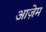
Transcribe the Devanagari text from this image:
आज़ेम